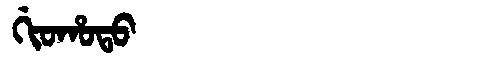
Manchu: ᡤᡳᠣᡥᠣᡨᠣ
Romanization: GIOHOTO